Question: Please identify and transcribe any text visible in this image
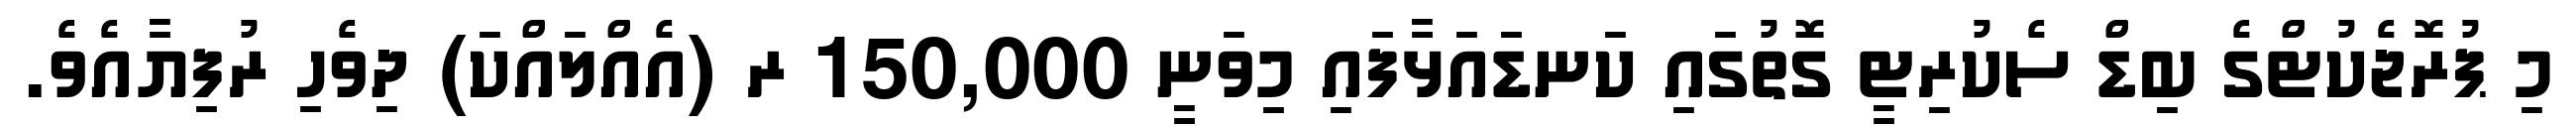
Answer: މި ޕުރޮޖެކުޓްގެ ބިޑް ސެކުރިޓީ ގޮތުގައި ކަނޑައަޅާފައި މިވަނީ 150,000 ރ (އެއްލައްކަ) ދިވެހި ރުފިޔާއެވެ.